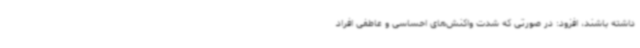
داشته باشند، افزود: در صورتی که شدت واکنش‌های احساسی و عاطفی افراد